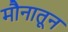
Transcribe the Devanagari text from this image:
मौनातून